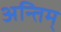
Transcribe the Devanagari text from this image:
अन्तिम्